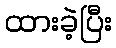
ထားခဲ့ပြီး